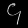
Digit: ၄